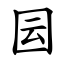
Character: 囩